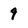
Character: 9